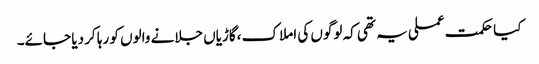
کیا حکمت عملی یہ تھی کہ لوگوں کی املاک ،گاڑیاں جلانے والوں کو رہا کر دیا جائے۔